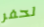
لحفر